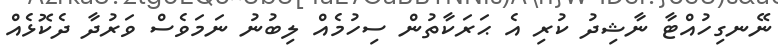
ނޭނގިހުއްޓާ ނާޝިދު ކުރި އެ ޙަރަކާތުން ސިހުމެއް ލިބުނު ނަމަވެސް ވަރުދާ ދެކޮޅެއް